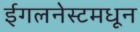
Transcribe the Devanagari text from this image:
ईगलनेस्टमधून